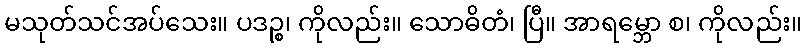
မသုတ်သင်အပ်သေး။ ပဒဉ္စ၊ ကိုလည်း။ သောဓိတံ၊ ပြီ။ အာရမ္ဘော စ၊ ကိုလည်း။